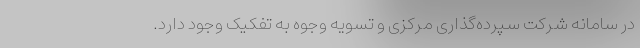
در سامانه شرکت سپرده‌گذاری مرکزی و تسویه وجوه به تفکیک وجود دارد.